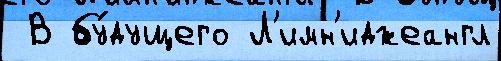
 В бу́дущего Л'имн'иджеангл